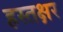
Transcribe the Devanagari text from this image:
हस्तक्षर